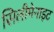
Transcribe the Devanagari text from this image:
सिलीमेनाइट